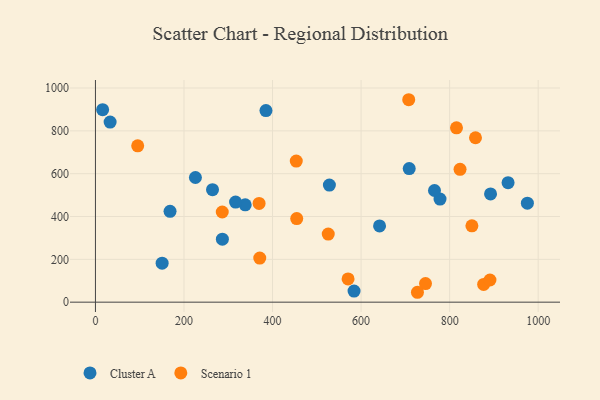
{"axis": {"x": "Distance", "y": "Rating"}, "legend": ["Cluster A", "Scenario 1"], "data": [{"x": "225.8", "y": 582.1, "type": "Cluster A"}, {"x": "338.3", "y": 454.7, "type": "Cluster A"}, {"x": "150.6", "y": 182.1, "type": "Cluster A"}, {"x": "264.4", "y": 525.5, "type": "Cluster A"}, {"x": "778.3", "y": 481.6, "type": "Cluster A"}, {"x": "641.7", "y": 355.9, "type": "Cluster A"}, {"x": "286.7", "y": 294.2, "type": "Cluster A"}, {"x": "892.4", "y": 505.3, "type": "Cluster A"}, {"x": "584.1", "y": 51.8, "type": "Cluster A"}, {"x": "975.6", "y": 462.1, "type": "Cluster A"}, {"x": "708.7", "y": 623.9, "type": "Cluster A"}, {"x": "316.5", "y": 467.3, "type": "Cluster A"}, {"x": "932.0", "y": 558.1, "type": "Cluster A"}, {"x": "168.5", "y": 424.3, "type": "Cluster A"}, {"x": "385.1", "y": 894.6, "type": "Cluster A"}, {"x": "16.2", "y": 899.0, "type": "Cluster A"}, {"x": "528.4", "y": 546.8, "type": "Cluster A"}, {"x": "33.1", "y": 840.9, "type": "Cluster A"}, {"x": "765.8", "y": 521.4, "type": "Cluster A"}, {"x": "745.5", "y": 86.6, "type": "Scenario 1"}, {"x": "850.3", "y": 356.4, "type": "Scenario 1"}, {"x": "454.6", "y": 390.3, "type": "Scenario 1"}, {"x": "815.5", "y": 814.1, "type": "Scenario 1"}, {"x": "858.4", "y": 767.8, "type": "Scenario 1"}, {"x": "876.8", "y": 82.8, "type": "Scenario 1"}, {"x": "286.4", "y": 421.0, "type": "Scenario 1"}, {"x": "570.6", "y": 108.4, "type": "Scenario 1"}, {"x": "891.1", "y": 103.5, "type": "Scenario 1"}, {"x": "371.1", "y": 205.7, "type": "Scenario 1"}, {"x": "707.6", "y": 945.4, "type": "Scenario 1"}, {"x": "727.3", "y": 46.2, "type": "Scenario 1"}, {"x": "369.6", "y": 461.0, "type": "Scenario 1"}, {"x": "453.6", "y": 658.7, "type": "Scenario 1"}, {"x": "823.5", "y": 620.2, "type": "Scenario 1"}, {"x": "525.8", "y": 318.0, "type": "Scenario 1"}, {"x": "95.4", "y": 729.9, "type": "Scenario 1"}]}